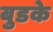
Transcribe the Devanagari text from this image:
बुडके